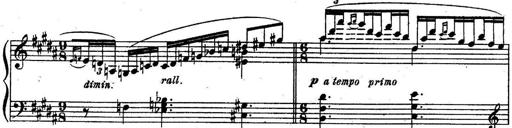
Title: Sonatine
Composer: Adrian Shaposhnikov
Key: E minor